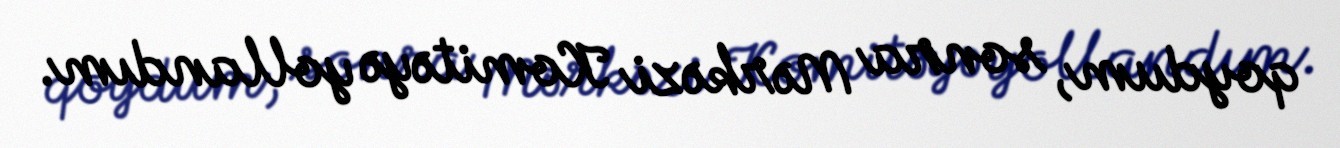
qoydum, sonra Mərkəzi Komitəyə yollandım.